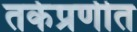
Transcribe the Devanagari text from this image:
तर्कप्रणीत